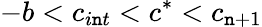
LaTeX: -b<c_{i\mathtt{n}t}<c^{*}<c_{\mathtt{n}+1}